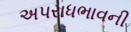
અપરાધભાવની